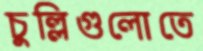
চুল্লিগুলোতে